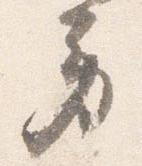
労